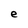
Character: e